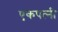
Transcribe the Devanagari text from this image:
एकपत्‍नी